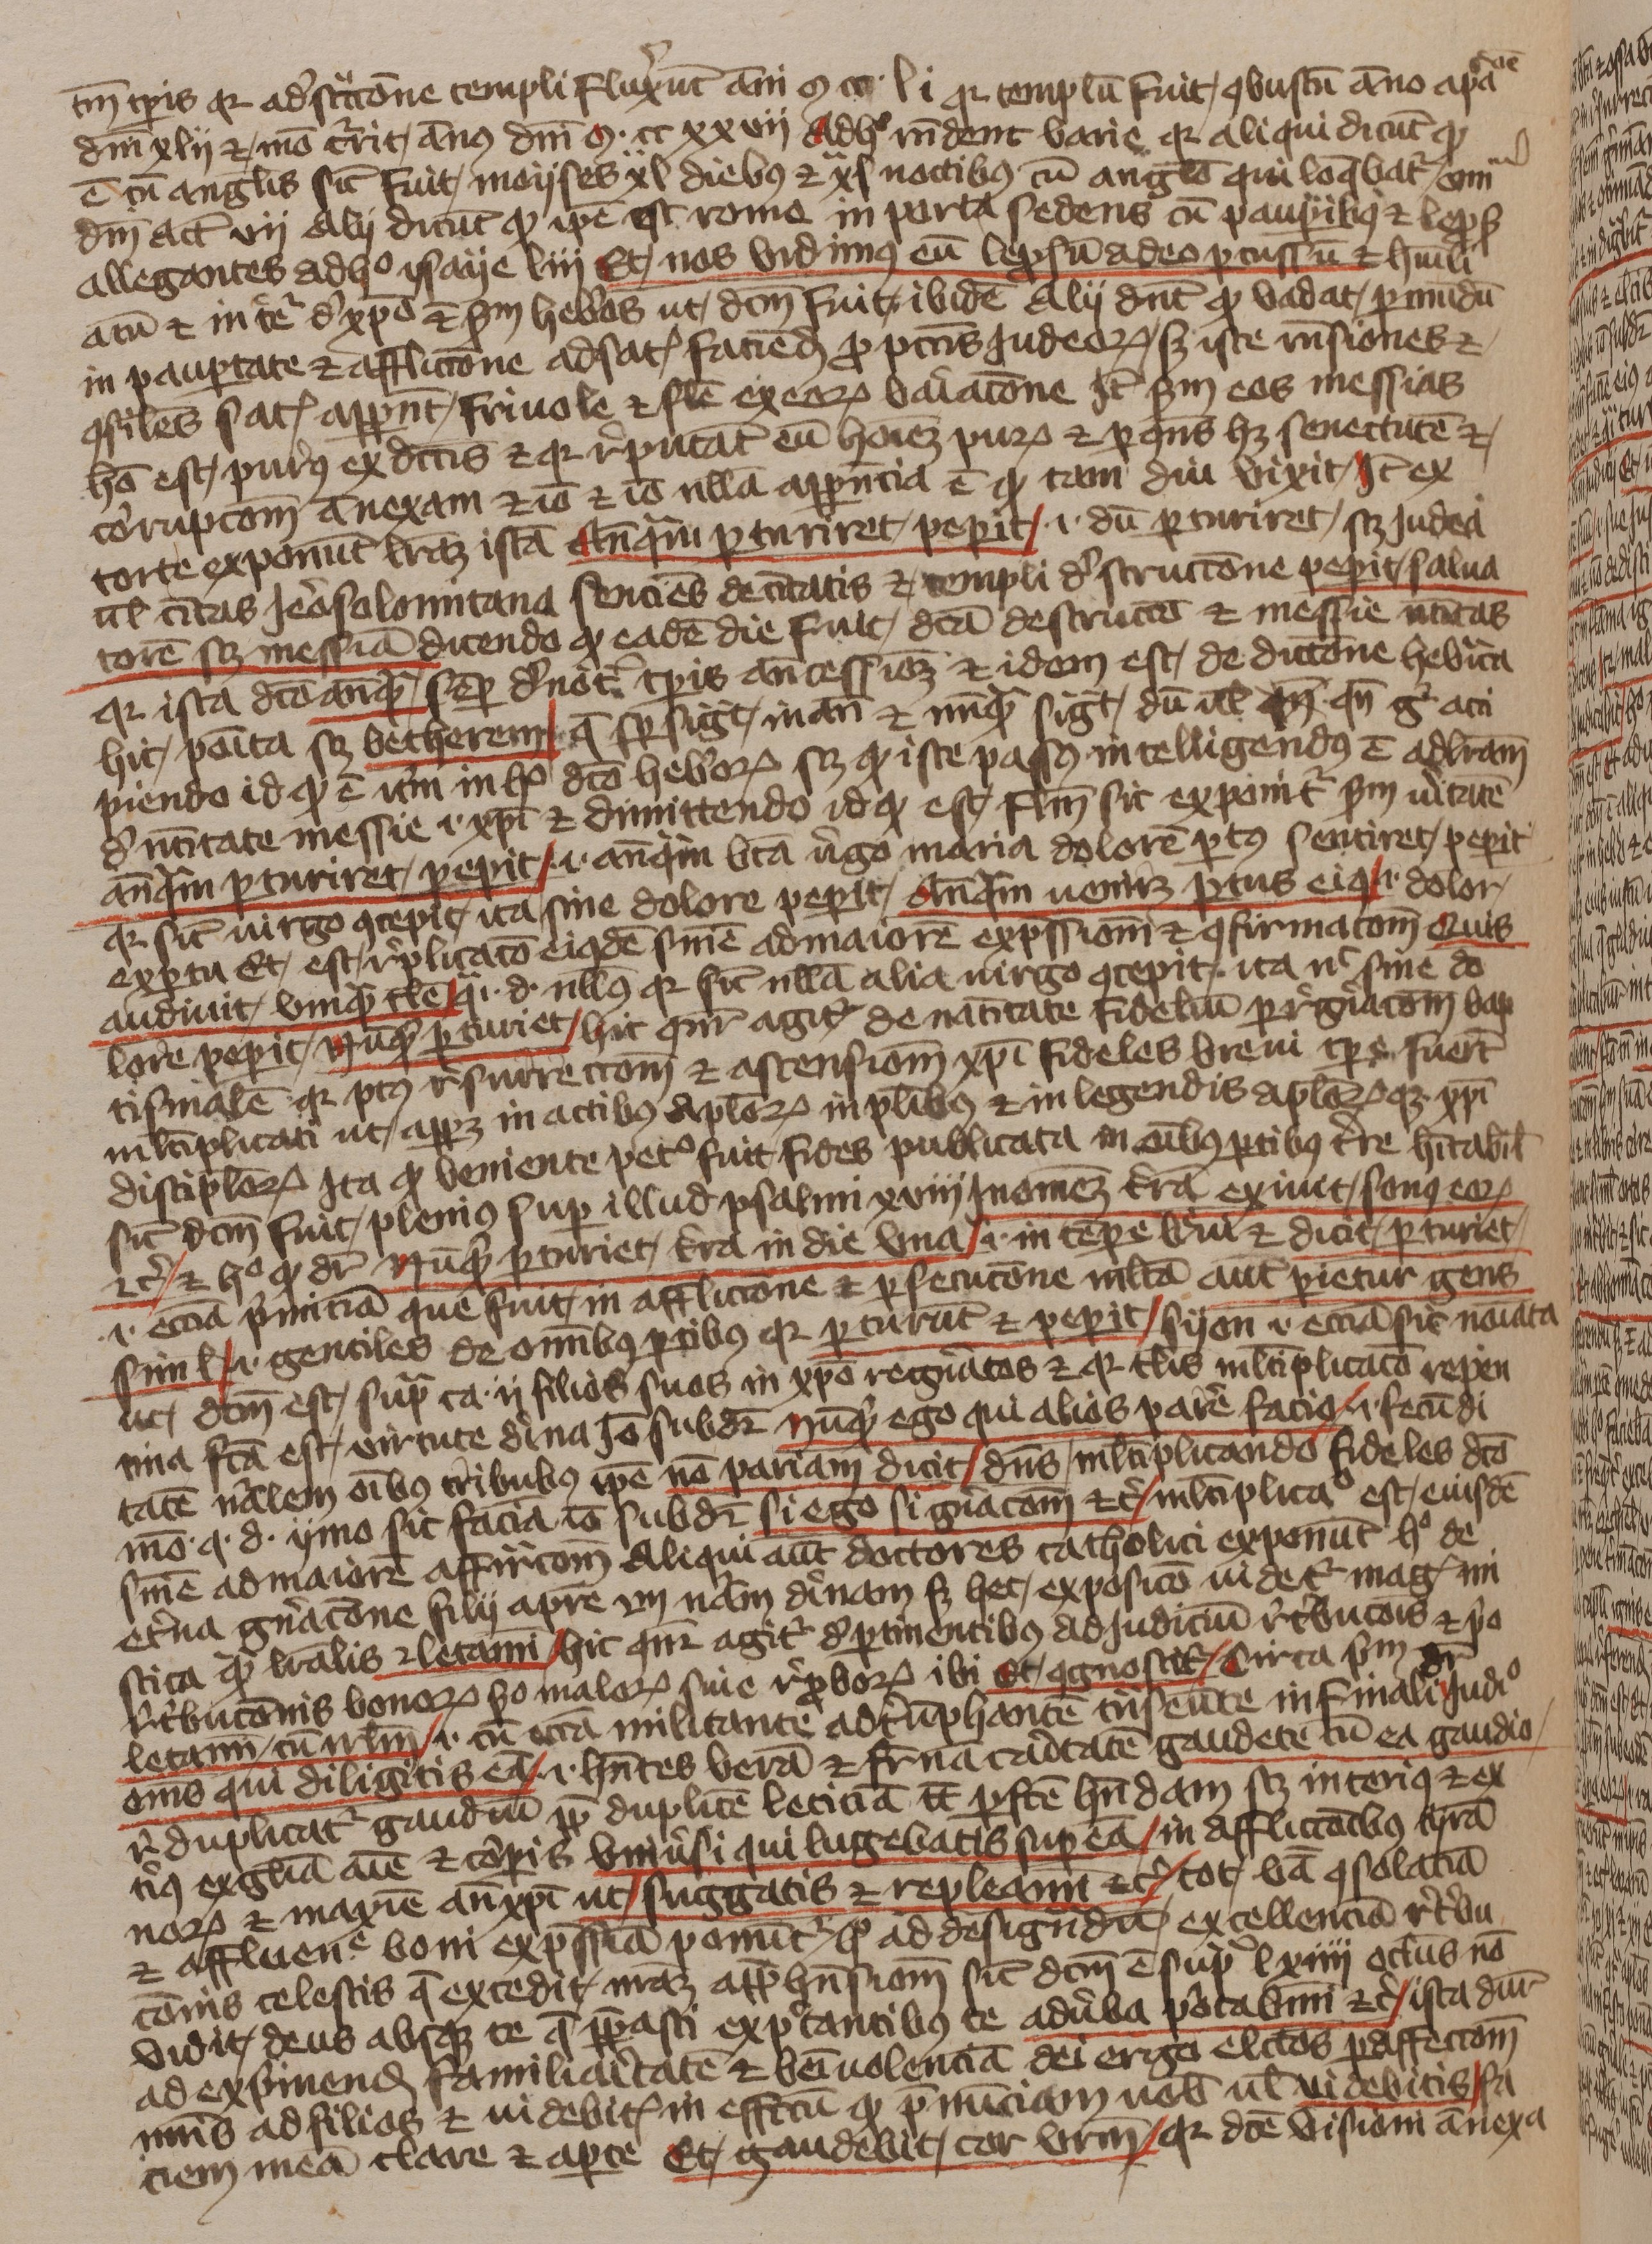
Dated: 1393–1396